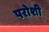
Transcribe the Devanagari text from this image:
परोशी